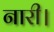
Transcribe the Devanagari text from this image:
नारी।